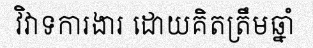
វិវាទការងារ ដោយគិតត្រឹមឆ្នាំ